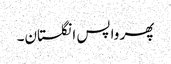
پھر واپس انگلستان۔